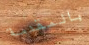
بالمقدمة